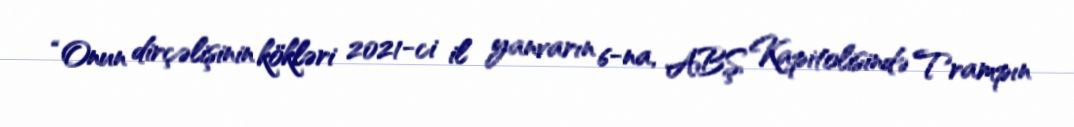
“Onun dirçəlişinin kökləri 2021-ci il yanvarın 6-na, ABŞ Kapitolisində Trampın